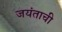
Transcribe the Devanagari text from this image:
जयंताची